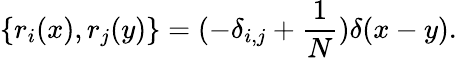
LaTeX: \{ r_{i}(x),r_{j}(y)\} =(-\delta_{i,j}+\frac{1}{N})\delta(x-y).